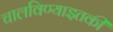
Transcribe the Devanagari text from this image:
चालविण्याइतकी